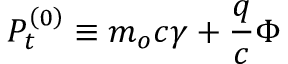
P _ { t } ^ { \left( 0 \right) } \equiv m _ { o } c \gamma + \frac { q } { c } \Phi